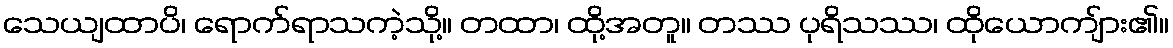
သေယျထာပိ၊ ရောက်ရာသကဲ့သို့။ တထာ၊ ထို့အတူ။ တဿ ပုရိသဿ၊ ထိုယောကျ်ား၏။